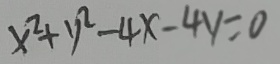
x ^ { 2 } + y ^ { 2 } + 4 x - 4 y = 0